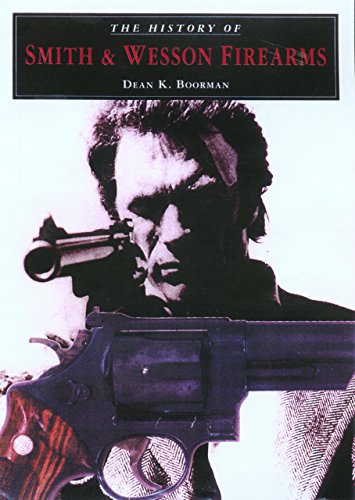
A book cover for The History of Smith & Wesson Firearms; Dean K. Boorman; Crafts, Hobbies & Home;